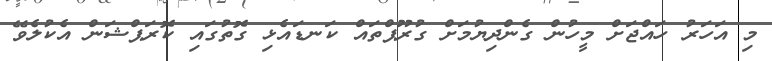
މި އަހަރު ހައްޖަށް މީހުން ގެންދިޔުމަށް ގުރޫޕްތައް ކަނޑައެޅި ގޮތުގައި ކޮރަޕްޝަން އެކުލެވޭ